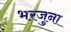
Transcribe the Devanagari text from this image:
भरजुना